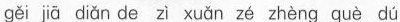
gěi jā diǎn de zì xuǎn zé zhèng què dú